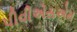
પીવીએસએમ